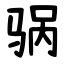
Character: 䯄